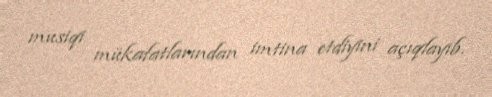
musiqi mükafatlarından imtina etdiyini açıqlayıb.